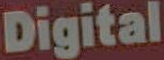
Digital